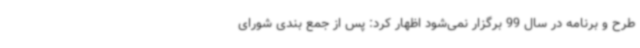
طرح و برنامه در سال 99 برگزار نمی‌شود اظهار کرد: پس از جمع بندی شورای